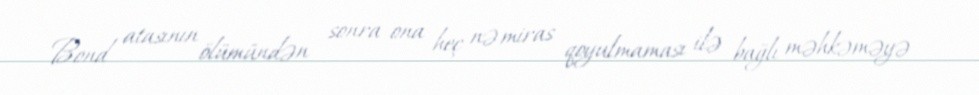
Bond atasının ölümündən sonra ona heç nə miras qoyulmaması ilə bağlı məhkəməyə